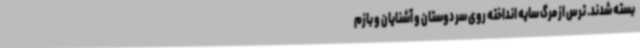
بسته شدند. ترس از مرگ سایه انداخته روی سر دوستان و آشنایان و بازم